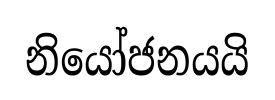
නියෝජනයයි